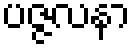
ပဇ္ဇလနာ